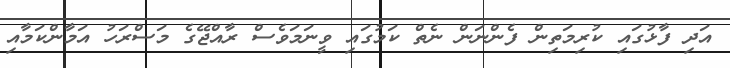
އަދި ފާޅުގައި ކުރިމަތިން ފެންނަން ނެތް ކަމުގައި ވީނަމަވެސް ރާއްޖޭގެ މަސްރަހު އަމާންކަމާއި